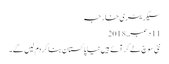
سیکریٹری خارجہ
11 دسمبر, 2018
نئی سوچ لے کر آئے ہیں نیا پاکستان بنا کر دم لیں گے۔